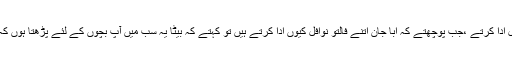
والد محتر م پانچ وقت کے پکے نمازی ،شام سے عشاء تک نوافل ادا کرتے ،جب پوچھتے کہ ابا جان اتنے فالتو نوافل کیوں ادا کرتے ہیں تو کہتے کہ بیٹا یہ سب میں آپ بچوں کے لئے پڑھتا ہوں کہ اللہ تعالیٰ آپ سب بہن بھائیوں پر اپنی رحمتوں کی بارش کرے۔